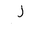
Letter: _zay